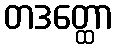
တဒတ္ထော